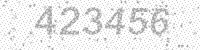
Solution: 423456